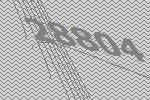
28804